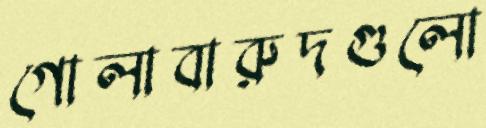
গোলাবারুদগুলো